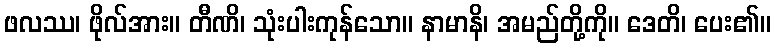
ဖလဿ၊ ဖိုလ်အား။ တီဏိ၊ သုံးပါးကုန်သော။ နာမာနိ၊ အမည်တို့ကို။ ဒေတိ၊ ပေး၏။